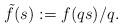
LaTeX: \begin{align*} \tilde{f}(s):=f(qs)/q. \end{align*}